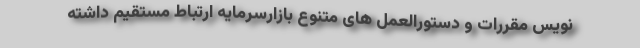
نویس مقررات و دستورالعمل های متنوع بازارسرمایه ارتباط مستقیم داشته